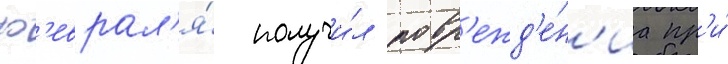
ф'еврал'я́ получи́л повр'ежд'е́н'иа пр'и́